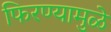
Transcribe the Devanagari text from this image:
फिरण्यामुळे